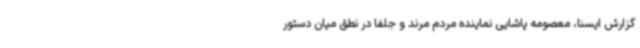
گزارش ایسنا، معصومه پاشایی نماینده مردم مرند و جلفا در نطق میان دستور